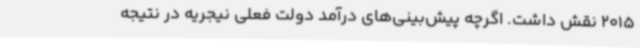
2015 نقش داشت. اگرچه پیش‌بینی‌های درآمد دولت فعلی نیجریه در نتیجه